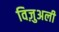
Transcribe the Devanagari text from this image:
विज़ुअली